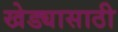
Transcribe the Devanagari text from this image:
खेड्यासाठी